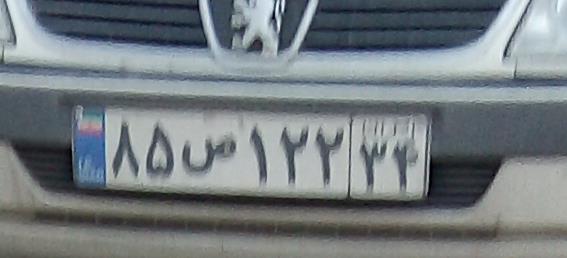
۸۵ص۱۲۲۳۴